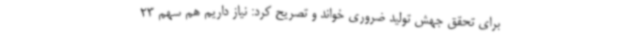
برای تحقق جهش تولید ضروری خواند و تصریح کرد: نیاز داریم هم سهم 23